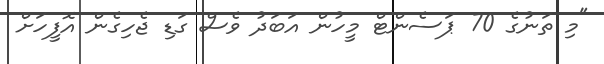
"މި ތަނުގެ 70 ޕަސެންޓް މީހުން އަބަދު ވެސް ގަޑި ޖެހިގެން އޮފީހަށް